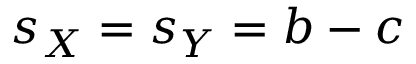
s _ { X } = s _ { Y } = b - c